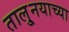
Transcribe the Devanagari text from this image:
तालु्नयाच्या